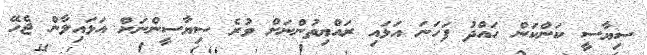
ސިޔާސީ ކަންކަން ހައްދު ފަހަނަ އަޅައި ރައްޔިތުންނަށް ވުރެ ސިޔާސީންނަށް އަޅައިލާން ޖެހޭ